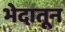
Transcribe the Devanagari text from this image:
भेदातून